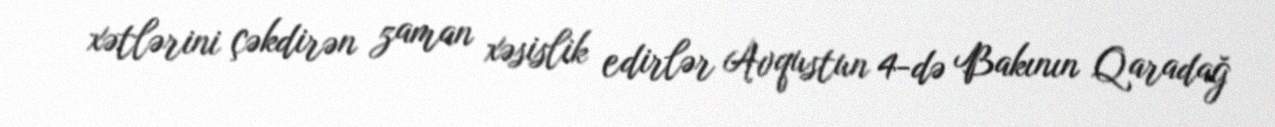
xətlərini çəkdirən zaman xəsislik edirlər Avqustun 4-də Bakının Qaradağ